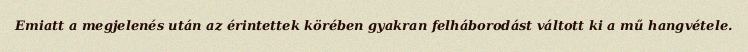
Emiatt a megjelenés után az érintettek körében gyakran felháborodást váltott ki a mű hangvétele.